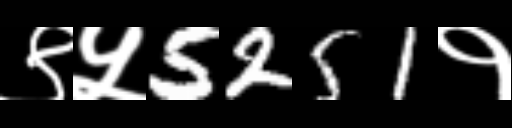
Text: ९५5251१